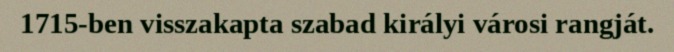
1715-ben visszakapta szabad királyi városi rangját.